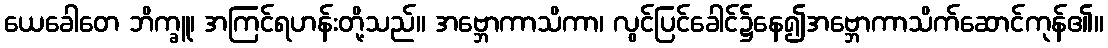
ယေခေါတေ ဘိက္ခူ၊ အကြင်ရဟန်းတို့သည်။ အဗ္ဘောကာသိကာ၊ လွင်ပြင်ခေါင်၌နေ၍အဗ္ဘောကာသိက်ဆောင်ကုန်၏။